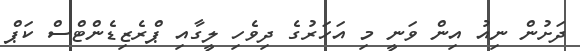
ދަށުން ނިއު އިން ވަނީ މި އަހަރުގެ ދިވެހި ލީގާއި ޕްރެޒިޑެންޓްސް ކަޕް